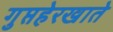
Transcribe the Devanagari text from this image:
गुप्तहेरखाते